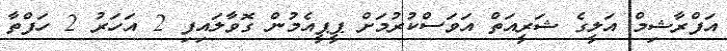
އަފްރާޝިމް އަލީގެ ޝަރީއަތް އަވަސްކުރުމަށް ޕީޕީއެމުން ގޮވާލައިފި 2 އަހަރު 2 ހަފްތާ